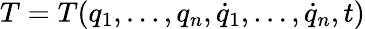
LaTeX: T=T(q_{1},\dots,q_{n},{\dot{q}}_{1},\dots,{\dot{q}}_{n},t)